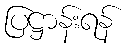
ပြဋ္ဌာန်းရန်